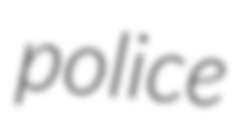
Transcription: police